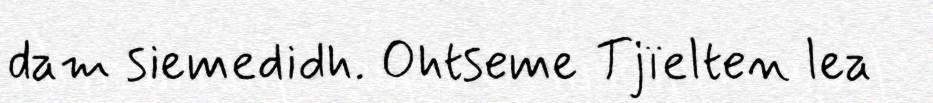
dam siemedidh. Ohtseme Tjïelten lea